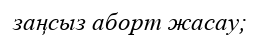
заңсыз аборт жасау;